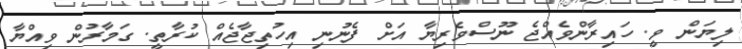
ލިޔަން ވީ. ހައިރާންވެއްޖެ ނޫސްވެރިޔާ އަށް ފެނުނި އިހުތިޖާޖެއް ކުރާތީ. ގަމާރުން ވިއްޔާ